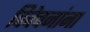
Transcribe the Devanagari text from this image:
विवेचनांना